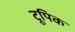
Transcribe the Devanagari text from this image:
टूपिक